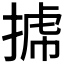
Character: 𢯯